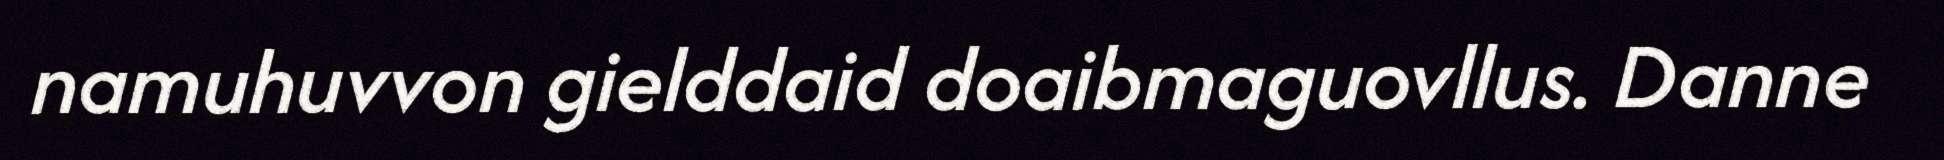
namuhuvvon gielddaid doaibmaguovllus. Danne